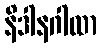
နိဒါနဂါထာ